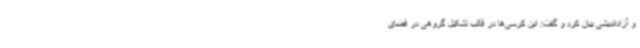
و آزاداندیشی بیان کرد و گفت: این کرسی‌ها در قالب تشکیل گروهی در فضای